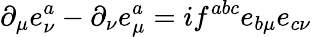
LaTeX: \partial_{\mu}e_{\nu}^{a}-\partial_{\nu}e_{\mu}^{a}=if^{abc}e_{b\mu}e_{c\nu}